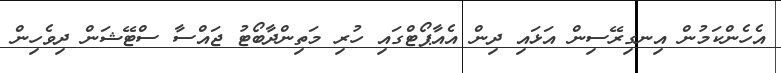
އެހެންކަމުން އިނގިރޭސިން އަޅައި ދިން އެއާޕޯޓްގައި ހުރި މަތިންދާބޯޓު ޖައްސާ ސްޓޭޝަން ދިވެހިން